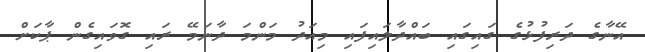
އޭނާގެ ދަރިފުޅުގެ ގައިގައި ބައްދާލައިފައި މިއަދު މަންމަ ދާނަމޭ ރައި ގޮވައިގެން ޕާކަށް